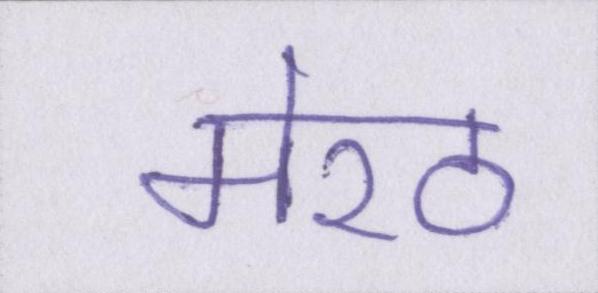
मेरठ